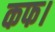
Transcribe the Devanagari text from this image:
कफ।